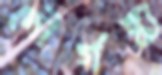
দৌর্গন্ধ্য